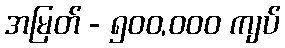
အမြတ် - ၅၀၀,၀၀၀ ကျပ်